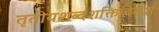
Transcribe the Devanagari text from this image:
तृतीयशब्दशक्तिविमर्श